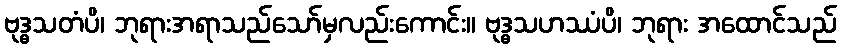
ဗုဒ္ဓသတံပိ၊ ဘုရားအရာသည်သော်မှလည်းကောင်း။ ဗုဒ္ဓသဟဿံပိ၊ ဘုရား အထောင်သည်